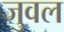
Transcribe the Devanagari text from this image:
जुवल